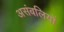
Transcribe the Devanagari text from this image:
असंबलियों